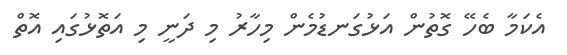
އެކަމާ ބެހޭ ގޮތުން އަޅުގަނޑުމެން މިހާރު މި ދަނީ މި އަތޮޅުގައި އޮތް